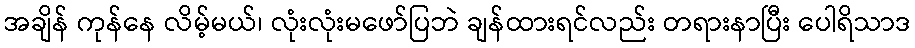
အချိန် ကုန်နေ လိမ့်မယ်၊ လုံးလုံးမဖော်ပြဘဲ ချန်ထားရင်လည်း တရားနာပြီး ပေါရိသာဒ